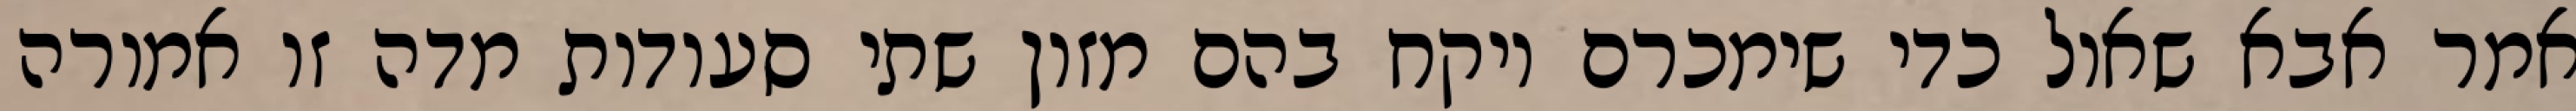
אמר אבא שאול כדי שימכרם ויקח בהם מזון שתי סעודות מדה זו אמורה